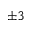
\pm 3